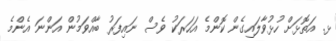
ޅ. އަތޮޅަށް ހުޅުވާލައިގެން ކޮންމެ އަހަރަކު ވެސް ނައިފަރު ބާއްވަމުން އަންނަ އެންމެ